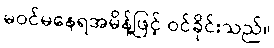
မဝင်မနေရအမိန့်ဖြင့် ဝင်ခိုင်းသည်။